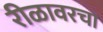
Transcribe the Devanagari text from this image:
रीळावरचा